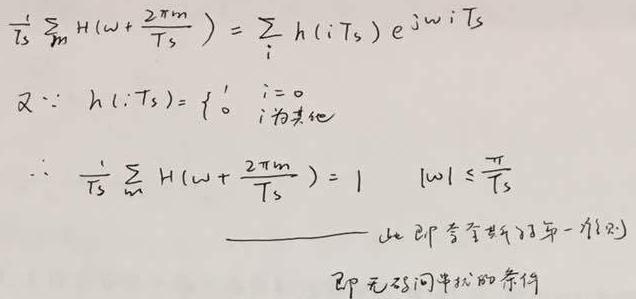
\[
\begin{align*}
\frac{1}{T_s}\sum_{m}H\left(\omega + \frac{2\pi m}{T_s}\right) &= \sum_{i}h(iT_s)e^{j\omega i T_s}\\
\text{又}\because h(iT_s) &= \begin{cases}
1, & i = 0\\
0, & i \text{ 为其他}
\end{cases}\\
\therefore \frac{1}{T_s}\sum_{m}H\left(\omega + \frac{2\pi m}{T_s}\right) &= 1 \quad |\omega| \leq \frac{\pi}{T_s}
\end{align*}
\]
——此即奈奎斯特第一准则
即无码间串扰的条件